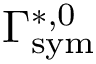
\Gamma _ { \mathrm { { s y m } } } ^ { * , 0 }